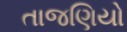
તાજણિયો